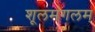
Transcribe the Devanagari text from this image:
शूलमंगलम्‌